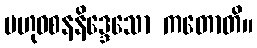
ဗဟုဝစနနိဒ္ဒေသော ကတောတိ။